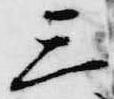
三